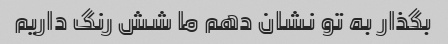
بگذار به تو نشان دهم ما شش رنگ داریم